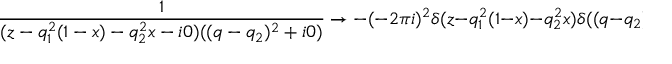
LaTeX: \frac { 1 } { ( z - q _ { 1 } ^ { 2 } ( 1 - x ) - q _ { 2 } ^ { 2 } x - i 0 ) ( ( q - q _ { 2 } ) ^ { 2 } + i 0 ) } \rightarrow - ( - 2 \pi i ) ^ { 2 } \delta ( z - q _ { 1 } ^ { 2 } ( 1 - x ) - q _ { 2 } ^ { 2 } x ) \delta ( ( q - q _ { 2 } ) ^ { 2 } ) ~ .